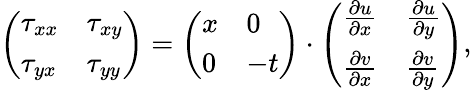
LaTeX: {\left(\begin{array}{ll}{\tau_{xx}}&{\tau_{xy}}\\ {\tau_{yx}}&{\tau_{yy}}\end{array}\right)}={\left(\begin{array}{ll}{x}&{0}\\ {0}&{-t}\end{array}\right)}\cdot{\left(\begin{array}{ll}{{\frac{\partial u}{\partial x}}}&{{\frac{\partial u}{\partial y}}}\\ {{\frac{\partial v}{\partial x}}}&{{\frac{\partial v}{\partial y}}}\end{array}\right)},